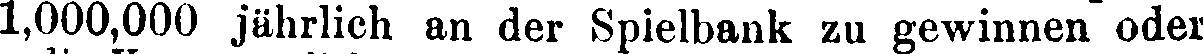
1,000,000 jährlich an der Spielbank zu gewinnen oder